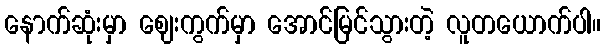
နောက်ဆုံးမှာ ဈေးကွက်မှာ အောင်မြင်သွားတဲ့ လူတယောက်ပါ။